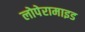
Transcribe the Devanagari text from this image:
लोपेरामाइड